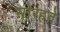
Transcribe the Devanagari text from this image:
सोरहते